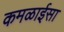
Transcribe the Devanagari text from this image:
कमळाईसा